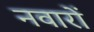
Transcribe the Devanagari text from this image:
नवारों